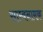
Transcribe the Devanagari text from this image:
साम्बनामक